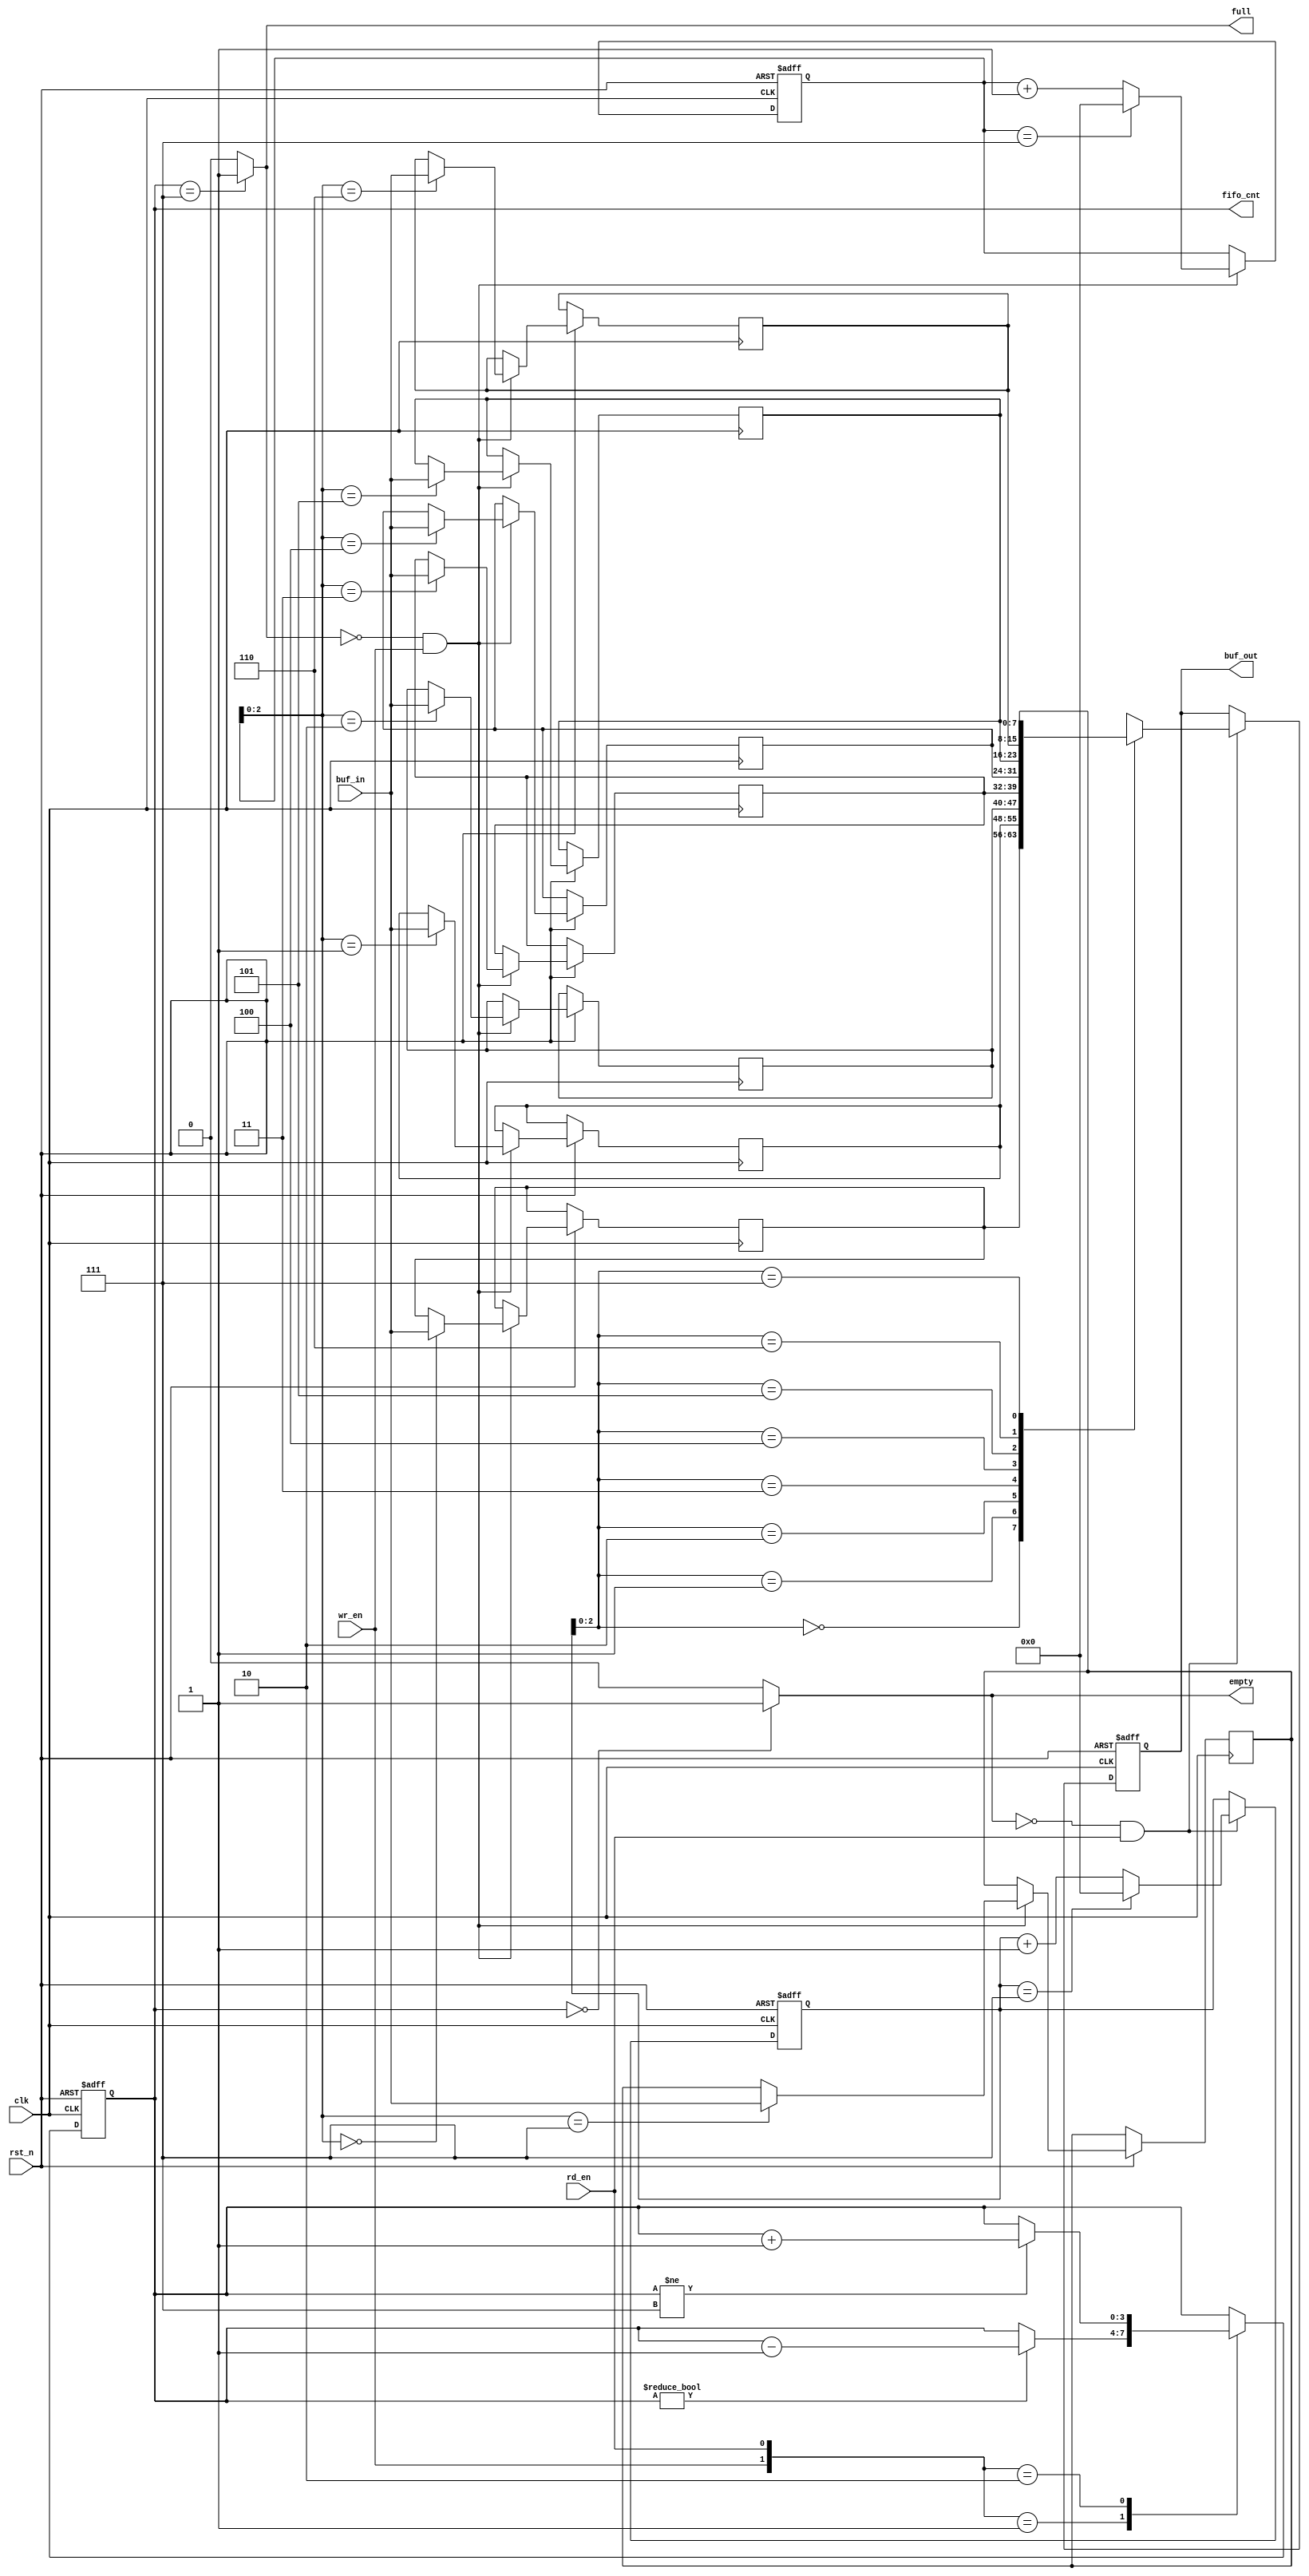
`timescale 1ns / 1ps
//////////////////////////////////////////////////////////////////////////////////
// Company: 
// Engineer: 
// 
// Design Name: 
// Module Name: fifo
// Project Name: 
// Target Devices: 
// Tool Versions: 
// Description: 
// 
// Dependencies: 
// 
// Revision:
// Revision 0.01 - File Created
// Additional Comments:
// 
//////////////////////////////////////////////////////////////////////////////////


module fifo(
    input clk,
    input rst_n,
    input wr_en,
    input rd_en,
    input  [7:0] buf_in,
    output reg [7:0] buf_out,
    output empty,
    output full,
    output reg [3:0] fifo_cnt
    );

// sram
reg [7:0] fifo_buffer[7:0];
//  & 
reg [3:0] rd_ptr;
reg [3:0] wr_ptr;


// 
always @(posedge clk,negedge rst_n)begin

    if (!rst_n)begin
        rd_ptr <= 0;
        buf_out <= 0;
    end
    else if (!empty && rd_en)begin
     
      if (rd_ptr == 4'd7)
         rd_ptr <= 4'd0; 
      else   
         rd_ptr <= rd_ptr + 1'd1;
       
      buf_out <= fifo_buffer[rd_ptr];
    end
     
end

// 
 always @(posedge clk,negedge rst_n)begin

    if (!rst_n)begin
        wr_ptr <= 0;
    end

    else if (!full && wr_en)begin
        wr_ptr <= wr_ptr + 1'd1;
        if (wr_ptr == 4'd7)
            wr_ptr <= 4'd0;
        fifo_buffer[wr_ptr] <= buf_in;
    end
     
end

// 
 always @(posedge clk,negedge rst_n)begin
    if (!rst_n)begin
        fifo_cnt <= 0;
    end
    else begin
        case({wr_en,rd_en})
            2'b00:
                fifo_cnt <= fifo_cnt;    //
            2'b01:                       // 
                if (fifo_cnt != 0)
                    fifo_cnt <= fifo_cnt - 1'b1;
            2'b10:                      // 
                if (fifo_cnt != 4'd7)
                    fifo_cnt <= fifo_cnt + 1'b1;
            2'b11:
                fifo_cnt <= fifo_cnt;  //
            default:;
        endcase
    end

 end

assign full = (fifo_cnt == 4'd7) ? 1'b1 : 1'b0;
assign empty = (fifo_cnt == 0) ? 1'b1 : 1'b0; 
    
endmodule